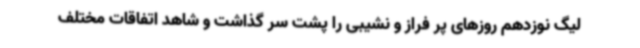
لیگ نوزدهم روزهای پر فراز و نشیبی را پشت سر گذاشت و شاهد اتفاقات مختلف